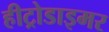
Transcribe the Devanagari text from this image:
हीट्रोडाइमर